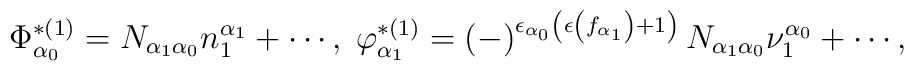
\Phi _{\alpha _{0}}^{*(1)}=N_{\alpha _{1}\alpha _{0}}n_{1}^{\alpha_{1}}+\cdots ,\;\varphi _{\alpha _{1}}^{*(1)}=\left( -\right) ^{\epsilon_{\alpha _{0}}\left( \epsilon \left( f_{\alpha _{1}}\right) +1\right)}N_{\alpha _{1}\alpha _{0}}\nu _{1}^{\alpha _{0}}+\cdots ,